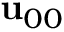
{ \bf { u } } _ { 0 0 }